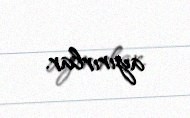
ayırırlar.